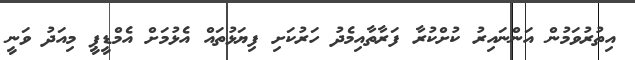
އިތުރުވަމުން އަންނައިރު ކުށްކުރާ ފަރާތާއިމެދު ހަރުކަށި ފިޔަޅުތައް އެޅުމަށް އެމްޑީޕީ މިއަދު ވަނީ